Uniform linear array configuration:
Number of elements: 24
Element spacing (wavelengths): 0.25
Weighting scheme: hann
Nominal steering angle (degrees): -45
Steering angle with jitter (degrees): -45.454
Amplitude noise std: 0.05
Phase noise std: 0.05

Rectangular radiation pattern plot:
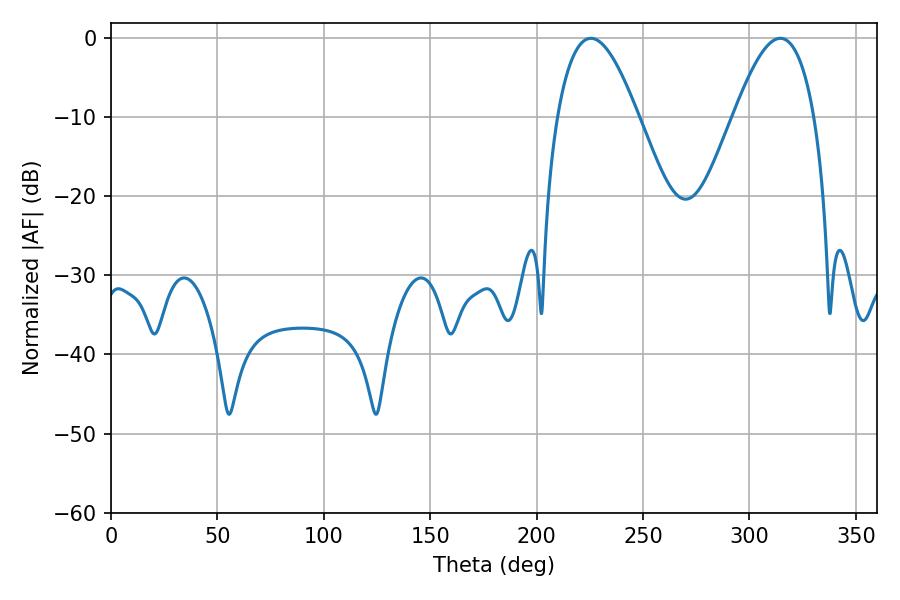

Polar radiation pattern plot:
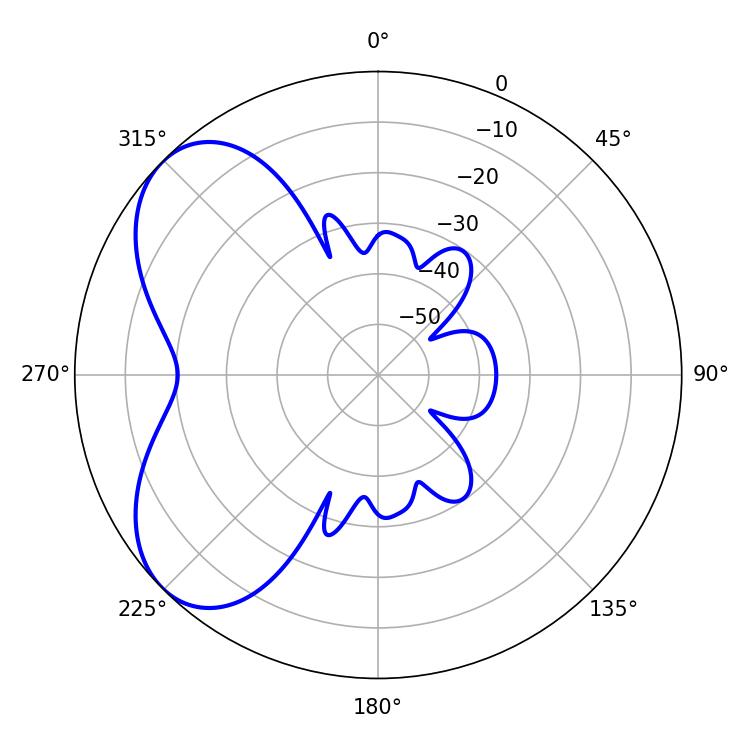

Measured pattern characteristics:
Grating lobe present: FALSE
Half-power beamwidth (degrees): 20.7
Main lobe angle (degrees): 225.54